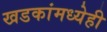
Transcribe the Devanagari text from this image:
खडकांमध्येही